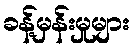
ခန့်မှန်းမှုများ